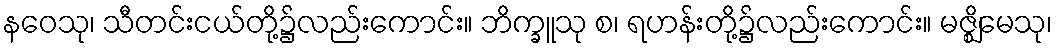
နဝေသု၊ သီတင်းငယ်တို့၌လည်းကောင်း။ ဘိက္ခူသု စ၊ ရဟန်းတို့၌လည်းကောင်း။ မဇ္ဈိမေသု၊